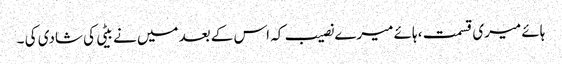
ہائے میری قسمت ، ہائے میرے نصیب کہ اس کے بعد میں نے بیٹی کی شادی کی ۔